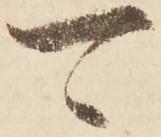
可